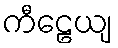
ကီဠေယျ